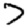
Digit: 7